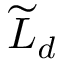
{ \widetilde { \cal L } } _ { d }